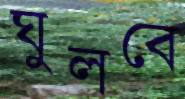
ঘুলবে